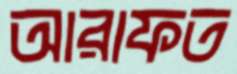
আরাফত